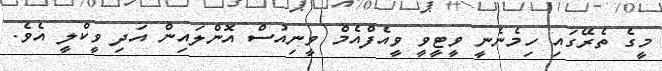
މީގެ ތެރޭގައި ހިމެނެނީ ވީޓީވީ ވީއެފްއެމް ވީނިއުސް އޮންލައިން އަދި ވީކްލީ އެވެ.